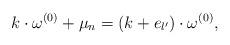
LaTeX: \begin{align*}k\cdot\omega^{(0)}+\mu_n=(k+e_{l'})\cdot\omega^{(0)},\end{align*}